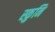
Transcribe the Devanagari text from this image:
स्कुनि